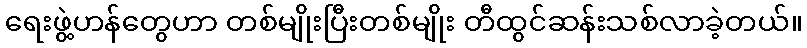
ရေးဖွဲ့ဟန်တွေဟာ တစ်မျိုးပြီးတစ်မျိုး တီထွင်ဆန်းသစ်လာခဲ့တယ်။